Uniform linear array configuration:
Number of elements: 24
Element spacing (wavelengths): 0.25
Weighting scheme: uniform
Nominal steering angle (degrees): -15
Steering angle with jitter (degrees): -13.645
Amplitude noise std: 0.05
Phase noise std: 0.05

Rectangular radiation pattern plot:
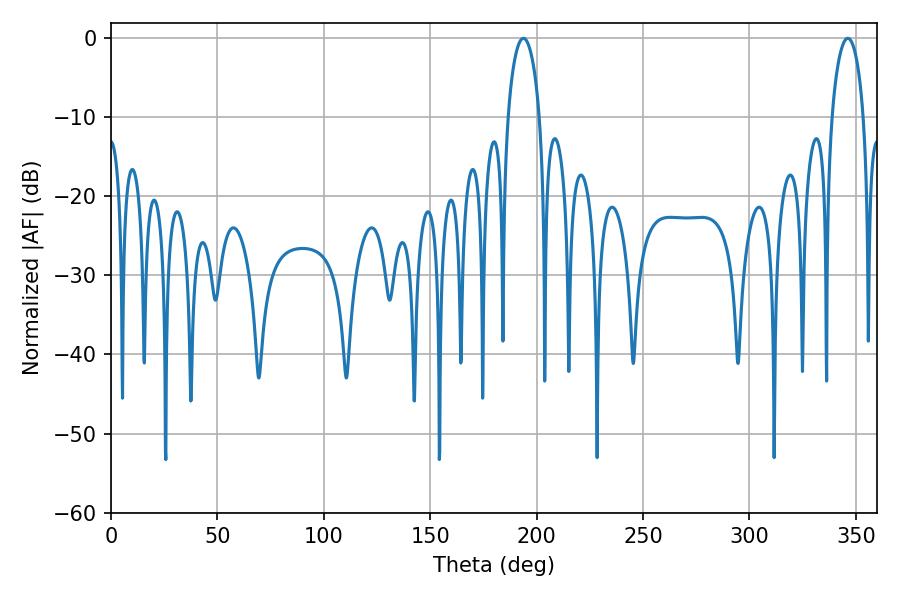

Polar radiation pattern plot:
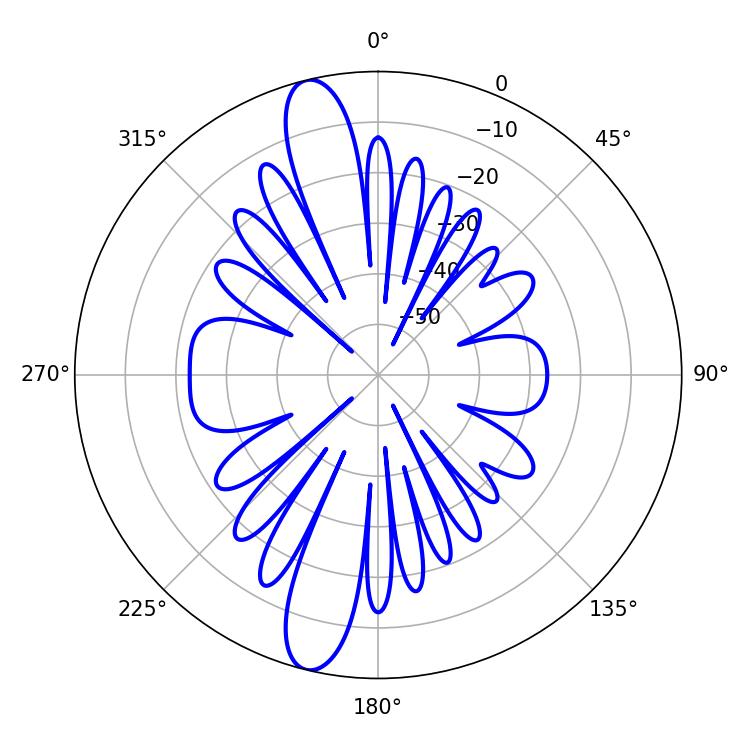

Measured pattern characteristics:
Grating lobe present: FALSE
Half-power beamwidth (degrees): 8.64
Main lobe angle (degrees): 193.86